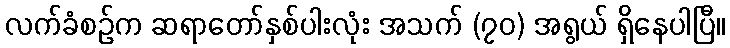
လက်ခံစဉ်က ဆရာတော်နှစ်ပါးလုံး အသက် (၇၀) အရွယ် ရှိနေပါပြီ။